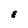
Character: E